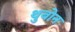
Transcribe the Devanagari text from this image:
थुबोन